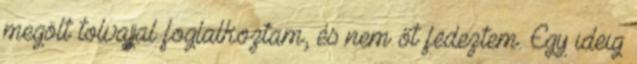
megölt tolvajjal foglalkoztam, és nem őt fedeztem. Egy ideig